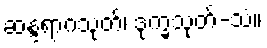
ဆန္ဒရာဂသုတ်၊ ဒုက္ခသုတ်-သံ။